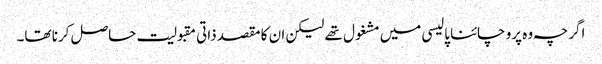
اگرچہ وہ پرو چائنا پالیسی میں مشغول تھے لیکن ان کا مقصد ذاتی مقبولیت حاصل کرنا تھا۔